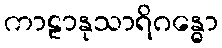
ကာဠာနုသာရိဂန္ဓော